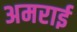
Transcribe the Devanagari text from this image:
अमराई